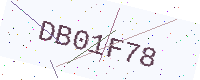
Text: DB01F78